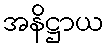
အနိဋ္ဌာယ